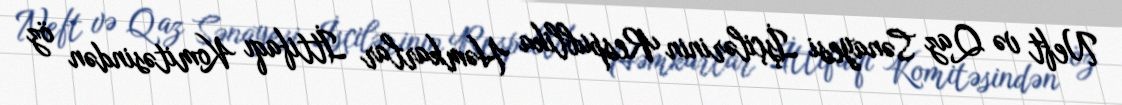
Neft və Qaz Sənayesi İşçilərinin Respublika Həmkarlar İttifaqı Komitəsindən öz